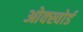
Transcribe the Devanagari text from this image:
ओक्स्वोर्ड